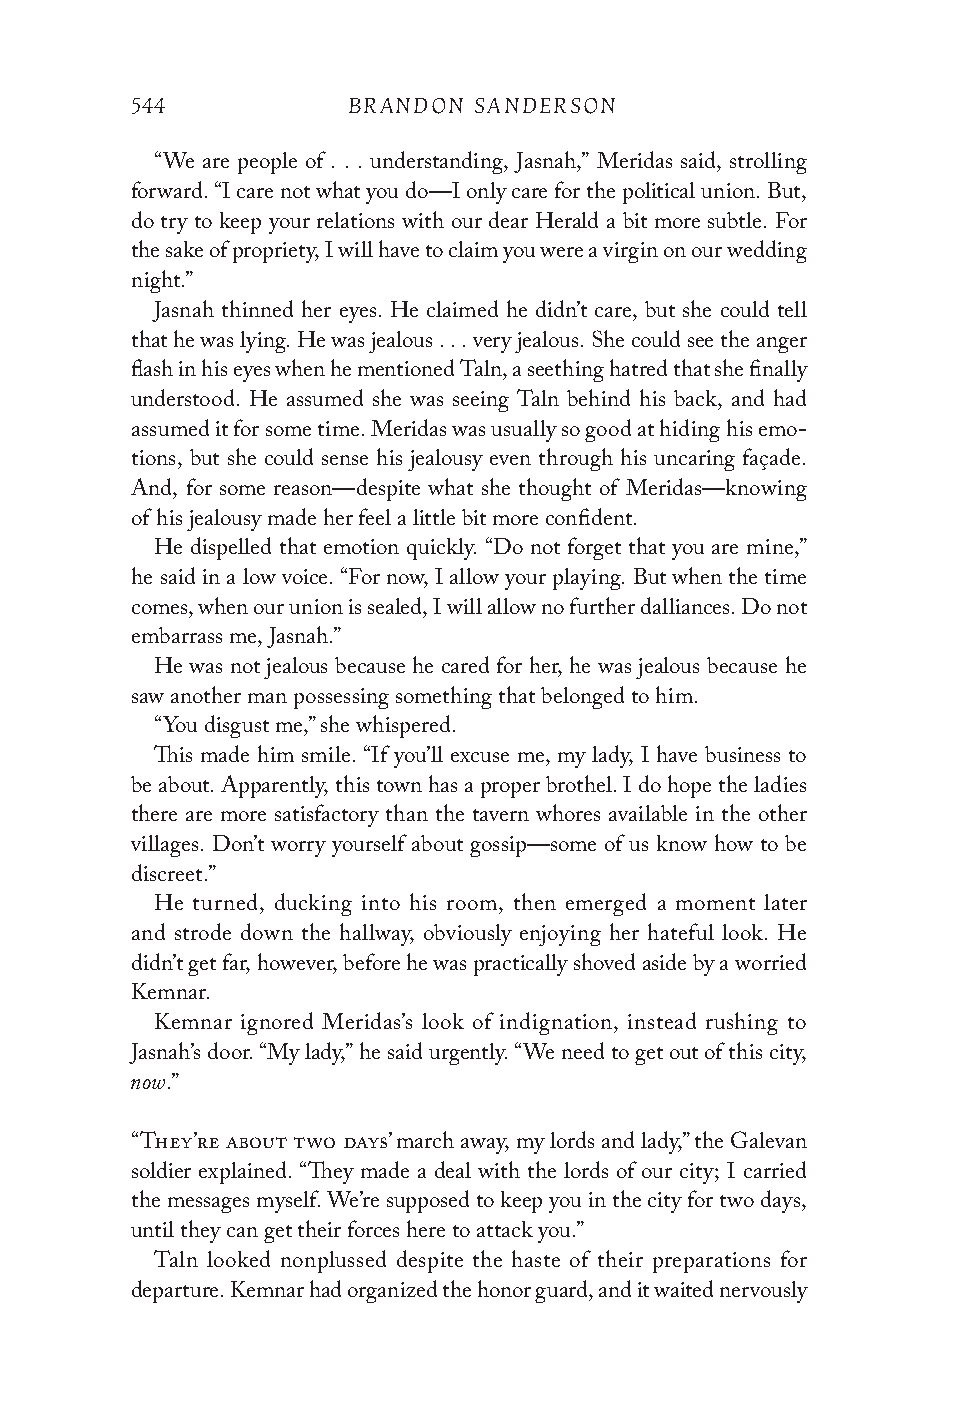
544           BRANDON SANDERSON
 “We are people of . . . understanding, Jasnah,” Meridas said, strolling
 forward. “I care not what you do—I only care for the political union. But,
 do try to keep your relations with our dear Herald a bit more subtle. For
 the sake of propriety, I will have to claim you were a virgin on our wedding
 night.”
 Jasnah thinned her eyes. He claimed he didn’t care, but she could tell
 that he was lying. He was jealous . . . very jealous. She could see the anger
 flash in his eyes when he mentioned Taln, a seething hatred that she finally
 understood. He assumed she was seeing Taln behind his back, and had
 assumed it for some time. Meridas was usually so good at hiding his emo-
 tions, but she could sense his jealousy even through his uncaring façade.
 And, for some reason—despite what she thought of Meridas—knowing
 of his jealousy made her feel a little bit more confident.
 He dispelled that emotion quickly. “Do not forget that you are mine,”
 he said in a low voice. “For now, I allow your playing. But when the time
 comes, when our union is sealed, I will allow no further dalliances. Do not
 embarrass me, Jasnah.”
 He was not jealous because he cared for her, he was jealous because he
 saw another man possessing something that belonged to him.
 “You disgust me,” she whispered.
 This made him smile. “If you’ll excuse me, my lady, I have business to
 be about. Apparently, this town has a proper brothel. I do hope the ladies
 there are more satisfactory than the tavern whores available in the other
 villages. Don’t worry yourself about gossip—some of us know how to be
 discreet.”
 He turned, ducking into his room, then emerged a moment later
 and strode down the hallway, obviously enjoying her hateful look. He
 didn’t get far, however, before he was practically shoved aside by a worried
 Kemnar.
 Kemnar ignored Meridas’s look of indignation, instead rushing to
 Jasnah’s door. “My lady,” he said urgently. “We need to get out of this city,
 now
 .”
 “They’re about two days’ march away, my lords and lady,” the Galevan
 soldier explained. “They made a deal with the lords of our city; I carried
 the messages myself. We’re supposed to keep you in the city for two days,
 until they can get their forces here to attack you.”
 Taln looked nonplussed despite the haste of their preparations for
 departure. Kemnar had organized the honor guard, and it waited nervously